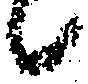
候